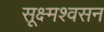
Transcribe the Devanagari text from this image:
सूक्ष्मश्वसन